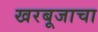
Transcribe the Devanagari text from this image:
खरबूजाचा